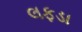
લફડા